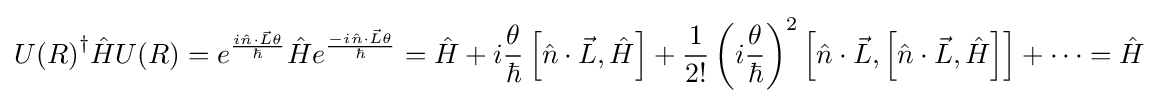
{U(R)}^{\dagger }{\hat {H}}U(R)=e^{\frac {i{\hat {n}}\cdot {\vec {L}}\theta }{\hbar }}{\hat {H}}e^{\frac {-i{\hat {n}}\cdot {\vec {L}}\theta }{\hbar }}={\hat {H}}+i{\frac {\theta }{\hbar }}\left[{\hat {n}}\cdot {\vec {L}},{\hat {H}}\right]+{\frac {1}{2!}}\left(i{\frac {\theta }{\hbar }}\right)^{2}\left[{\hat {n}}\cdot {\vec {L}},\left[{\hat {n}}\cdot {\vec {L}},{\hat {H}}\right]\right]+\cdots ={\hat {H}}